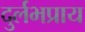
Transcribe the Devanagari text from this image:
दुर्लभप्राय